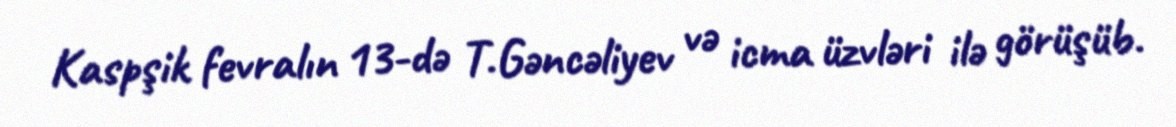
Kaspşik fevralın 13-də T.Gəncəliyev və icma üzvləri ilə görüşüb.